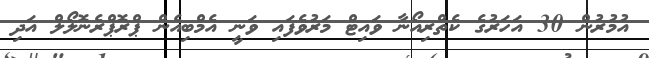
އުމުރުން 30 އަހަރުގެ ކެތްރިއޯނާ ވައިޓް މަރުވެފައި ވަނީ އެމްބިއެން ޕްރޮޕްރެނޮލޯލް އަދި